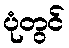
ပုံတွင်